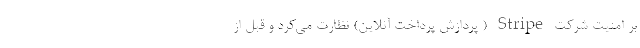
بر امنیت شرکت Stripe ( پردازش پرداخت آنلاین) نظارت می‌کرد و قبل از